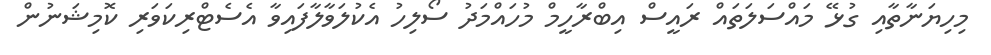
މިހިޔަނާތާއި ގުޅޭ މައްސަލަތައް ރައީސް އިބްރާހީމް މުހައްމަދު ސޯލިހު އެކުލަވާލާފައިވާ އެސެޓްރިކަވަރި ކޮމިޝަނުން